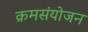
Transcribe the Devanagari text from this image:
क्रमसंयोजन